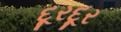
દૂરદૂર